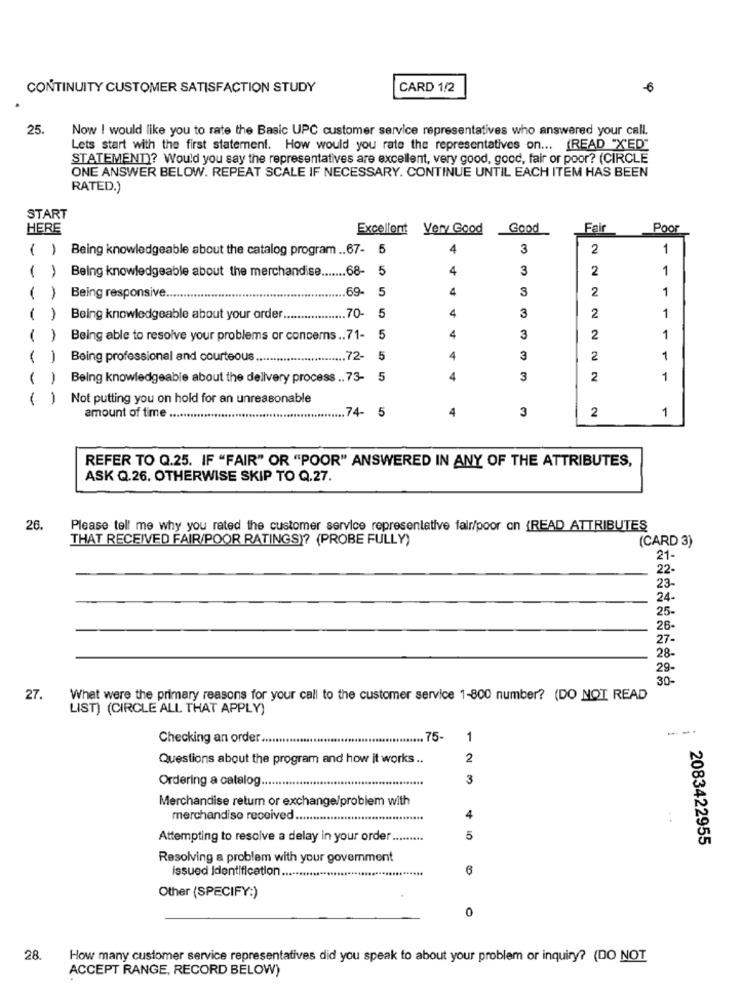
CONTINUITY CUSTOMER SATISFACTION STUDY
CARD 1/2
-6
25.
Now ! would like you to rate the Basic UPC customer service representatives who answered your call.
Lets start with the first statement. How would you rate the representatives on ... (READ "X'ED"
STATEMENT)? Would you say the representatives are excellent, very good, good, fair or poor? (CIRCLE
ONE ANSWER BELOW. REPEAT SCALE IF NECESSARY. CONTINUE UNTIL EACH ITEM HAS BEEN
RATED.)
START
HERE
Excellent Very Good
Good
Fair
Poor
()
Being knowledgeable about the catalog program .. 67- 5
4
3
2
1
( ) Being knowledgeable about the merchandise ....... 68-
5
4
3
2
1
69
5
4
3
2
1
Being responsive.
4
3
2
1
1
1
Being knowledgeable about your order ..
70- 5
1
Being able to resolve your problems or concerns .. 71-
4
3
2
1
-
Being professional and courteous.
.. 72-
5
4
3
2
1
-
Being knowledgeable about the delivery process .. 73-
5
4
3
2
1
( )
Not putting you on hold for an unreasonable
4
3
2
1
amount of time ..........
.74- 5
REFER TO Q.25. IF "FAIR" OR "POOR" ANSWERED IN ANY OF THE ATTRIBUTES,
ASK Q.26. OTHERWISE SKIP TO Q.27.
26.
Please tell me why you rated the customer service representative falr/poor on {READ ATTRIBUTES
THAT RECEIVED FAIR/POOR RATINGS)? (PROBE FULLY)
(CARD 3)
21-
22-
23-
24.
25-
26
27
28-
29
30-
27.
What were the primary reasons for your call to the customer service 1-800 number? (DO NOT READ
LIST) (CIRCLE ALL THAT APPLY)
Checking an order ..........
*************.... 75-
1
Questions about the program and how it works ..
2
Ordering a catalog ....
3
Merchandise return or exchange/problem with
merchandise received ..
Attempting to resolve a delay in your order .........
5
2083422955
Resolving a problem with your government
issued Identification ...
6
Other (SPECIFY:)
0
28.
How many customer service representatives did you speak to about your problem or inquiry? (DO NOT
ACCEPT RANGE, RECORD BELOW)